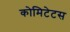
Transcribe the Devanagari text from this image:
कोमिटेटस